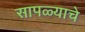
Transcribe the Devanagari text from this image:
सापळ्याचे